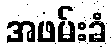
အဖမ်းခံ